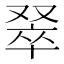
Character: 𫩅